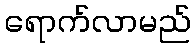
ရောက်လာမည်